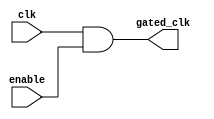
module clock_gating_cell (
    input wire clk,          // Main clock input
    input wire enable,       // Gating signal (enable/disable)
    output wire gated_clk    // Gated clock output
);
    // Gated clock logic
    assign gated_clk = clk & enable; // AND gate implementation
endmodule